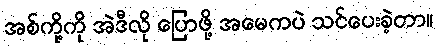
အစ်ကို့ကို အဲဒီလို ပြောဖို့ အမေကပဲ သင်ပေးခဲ့တာ။